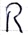
Text: R